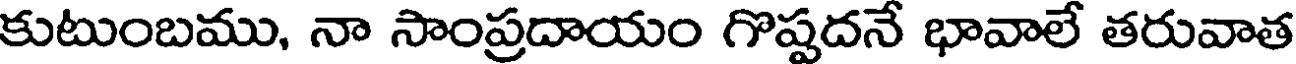
కుటుంబము, నా సాంప్రదాయం గొప్పదనే భావాలే తరువాత